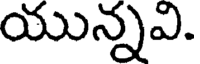
యున్నవి.